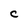
Character: c